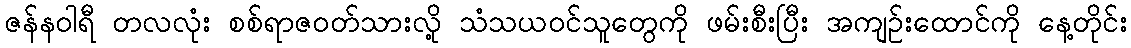
ဇန်နဝါရီ တလလုံး စစ်ရာဇဝတ်သားလို့ သံသယဝင်သူတွေကို ဖမ်းစီးပြီး အကျဉ်းထောင်ကို နေ့တိုင်း